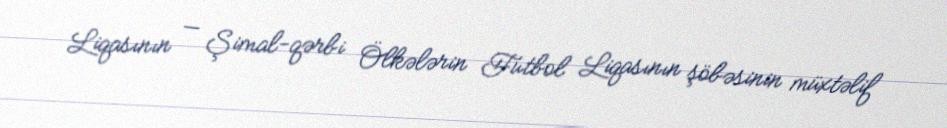
Liqasının — Şimal-qərbi Ölkələrin Futbol Liqasının şöbəsinin müxtəlif